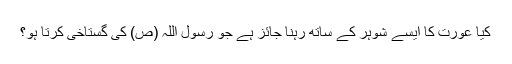
کیا عورت کا ایسے شوہر کے ساتھ رہنا جائز ہے جو رسول اللہ (ص) کی گستاخی کرتا ہو؟